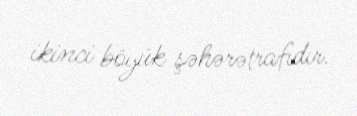
ikinci böyük şəhərətrafıdır.